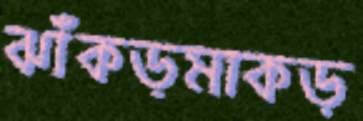
ঝাঁকড়মাকড়